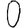
Digit: 0